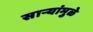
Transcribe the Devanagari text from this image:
साऱ्यांमुळे